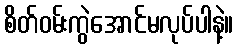
စိတ်ဝမ်းကွဲအောင်မလုပ်ပါနဲ့။